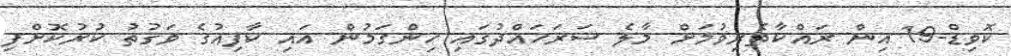
ކޮވިޑް-19 އިން ރައްކާތެރިވުމަށް މާލެ ސަރަހައްދުގައި ހިންގަމުން އައި ކާފިއުގެ ވަގުތު ކުރުކޮށްފި